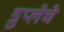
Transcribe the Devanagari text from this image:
डुप्लेचे